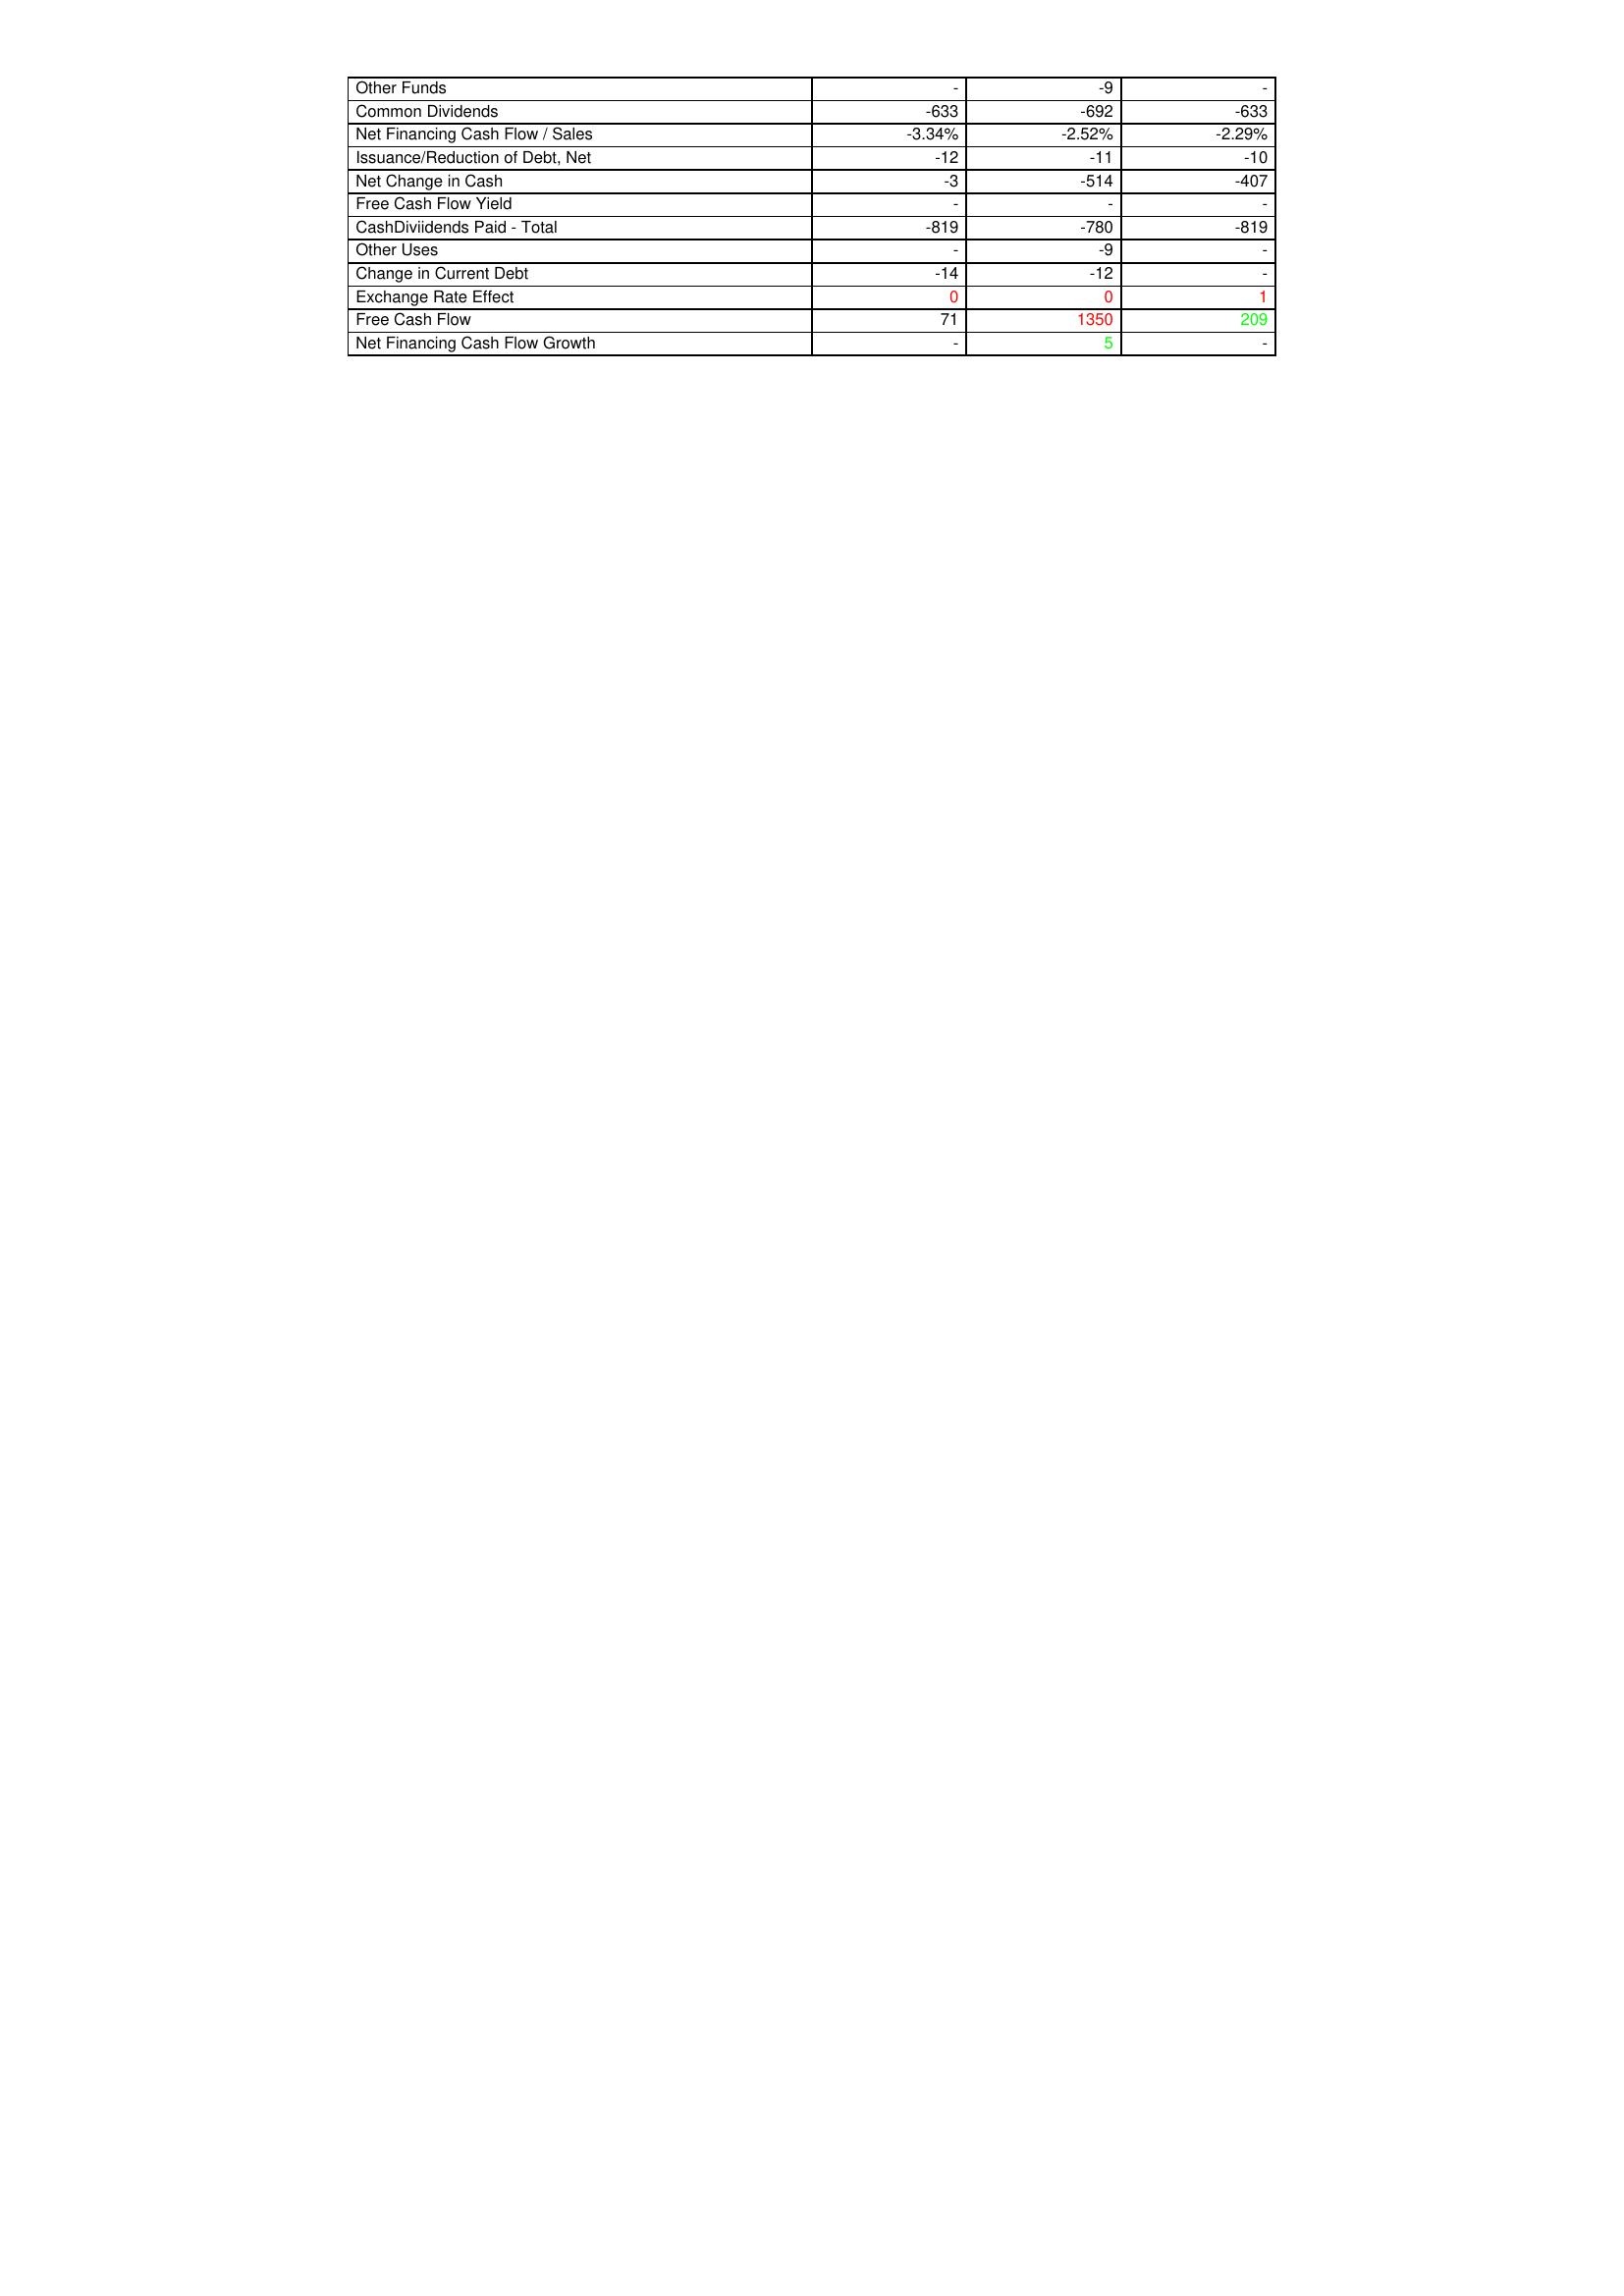
gt_parse: 2005: Financing Activities: Other Funds: -
Common Dividends: -633
Net Financing Cash Flow / Sales: -3.34%
Issuance/Reduction of Debt, Net: -12
Net Change in Cash: -3
Free Cash Flow Yield: -
CashDiviidends Paid - Total: -819
Other Uses: -
Change in Current Debt: -14
Exchange Rate Effect: 0
Free Cash Flow: 71
Net Financing Cash Flow Growth: -
2004: Financing Activities: Other Funds: -9
Common Dividends: -692
Net Financing Cash Flow / Sales: -2.52%
Issuance/Reduction of Debt, Net: -11
Net Change in Cash: -514
Free Cash Flow Yield: -
CashDiviidends Paid - Total: -780
Other Uses: -9
Change in Current Debt: -12
Exchange Rate Effect: 0
Free Cash Flow: 1350
Net Financing Cash Flow Growth: 5
2003: Financing Activities: Other Funds: -
Common Dividends: -633
Net Financing Cash Flow / Sales: -2.29%
Issuance/Reduction of Debt, Net: -10
Net Change in Cash: -407
Free Cash Flow Yield: -
CashDiviidends Paid - Total: -819
Other Uses: -
Change in Current Debt: -
Exchange Rate Effect: 1
Free Cash Flow: 209
Net Financing Cash Flow Growth: -